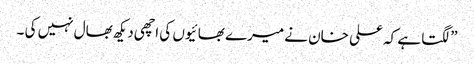
”لگتا ہے کہ علی خان نے میرے بھائیوں کی اچھی دیکھ بھال نہیں کی ۔